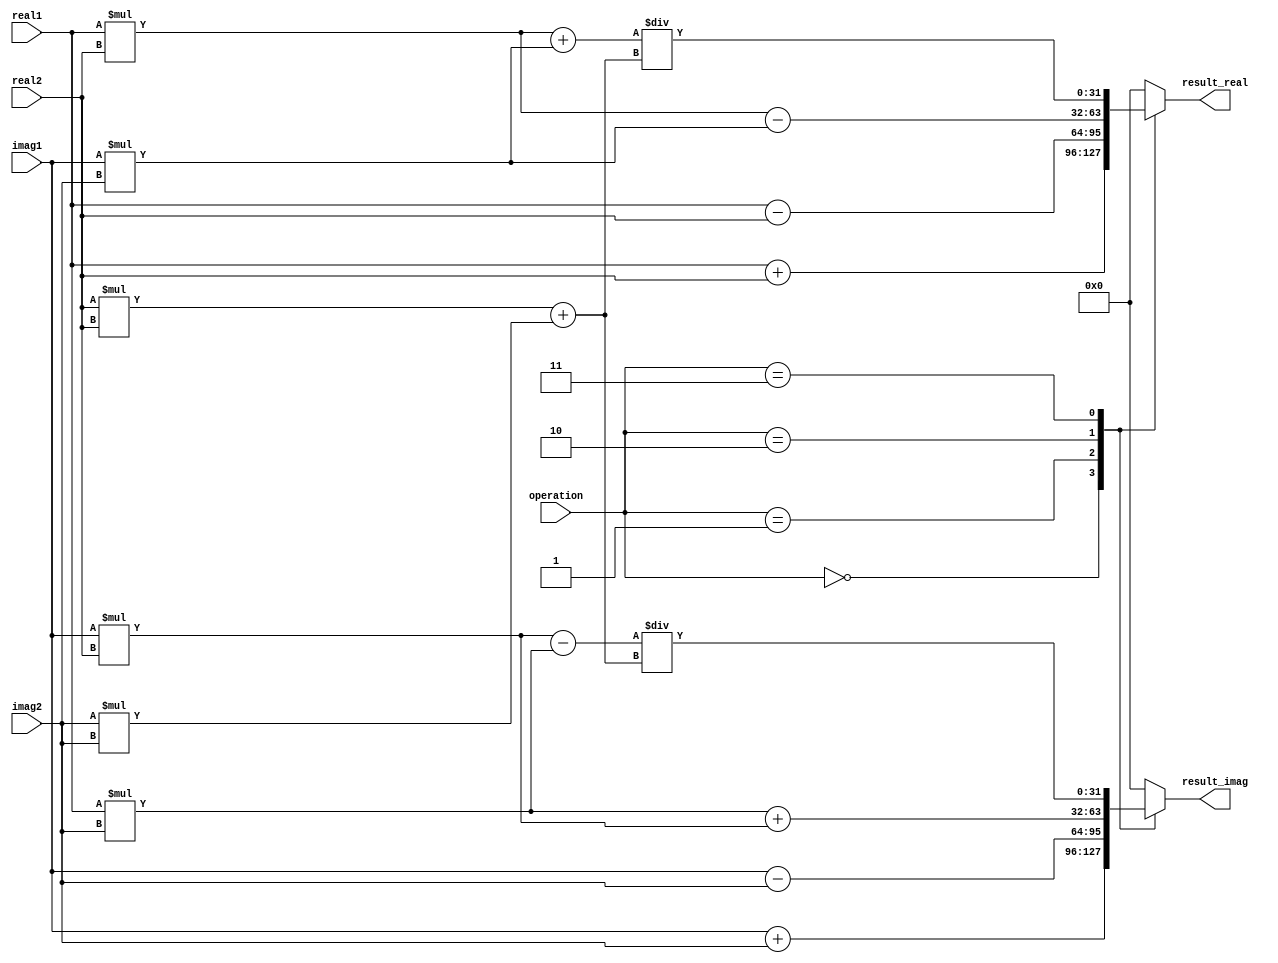
module Complex_ALU (
  input wire [31:0] real1, imag1, //input complex number 1
  input wire [31:0] real2, imag2, //input complex number 2
  input wire [2:0] operation, //indicates operation to be performed
  output reg [31:0] result_real, result_imag //output complex number result
);

// Arithmetic blocks for real and imaginary parts
  always @(*) begin
    case(operation)
      3'b000: begin //addition
        result_real = real1 + real2;
        result_imag = imag1 + imag2;
      end
      3'b001: begin //subtraction
        result_real = real1 - real2;
        result_imag = imag1 - imag2;
      end
      3'b010: begin //multiplication
        result_real = (real1 * real2) - (imag1 * imag2);
        result_imag = (real1 * imag2) + (imag1 * real2);
      end
      3'b011: begin //division
        result_real = ((real1 * real2) + (imag1 * imag2)) / ((real2 * real2) + (imag2 * imag2));
        result_imag = ((imag1 * real2) - (real1 * imag2)) / ((real2 * real2) + (imag2 * imag2));
      end
      default: begin
        result_real = 32'd0;
        result_imag = 32'd0;
      end
    endcase
  end

endmodule